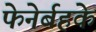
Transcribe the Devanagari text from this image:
फेनेर्बहके